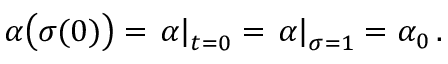
\alpha \big ( \sigma ( 0 ) \big ) = \left. \alpha \right| _ { t = 0 } = \left. \alpha \right| _ { \sigma = 1 } = \alpha _ { 0 } \, .